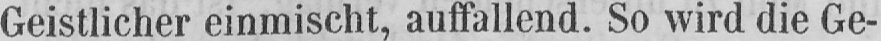
Geistlicher einmischt, auffallend. So wird die Ge-